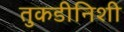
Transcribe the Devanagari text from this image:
तुकडीनिशी